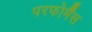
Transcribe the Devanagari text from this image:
परफोर्मैंस